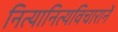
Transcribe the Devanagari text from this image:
नित्यानित्यविचारानें